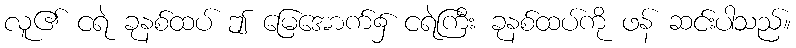
လူ၏ ငရဲ ခုနစ်ထပ် ဤ မြေအောက်၌ ငရဲကြီး ခုနစ်ထပ်ကို ဖန် ဆင်းပါသည်။